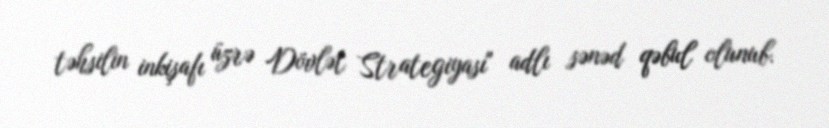
təhsilin inkişafı üzrə Dövlət Strategiyası" adlı sənəd qəbul olunub.